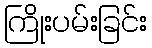
ကြိုးပမ်းခြင်း